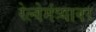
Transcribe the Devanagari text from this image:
रेल्वेमंत्र्यावर